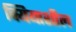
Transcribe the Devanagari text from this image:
क्यियाशील